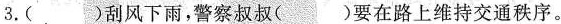
3.()刮风下雨，警察叔叔()要在路上维持交通秩序。